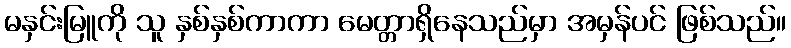
မနှင်းမြူကို သူ နှစ်နှစ်ကာကာ မေတ္တာရှိနေသည်မှာ အမှန်ပင် ဖြစ်သည်။